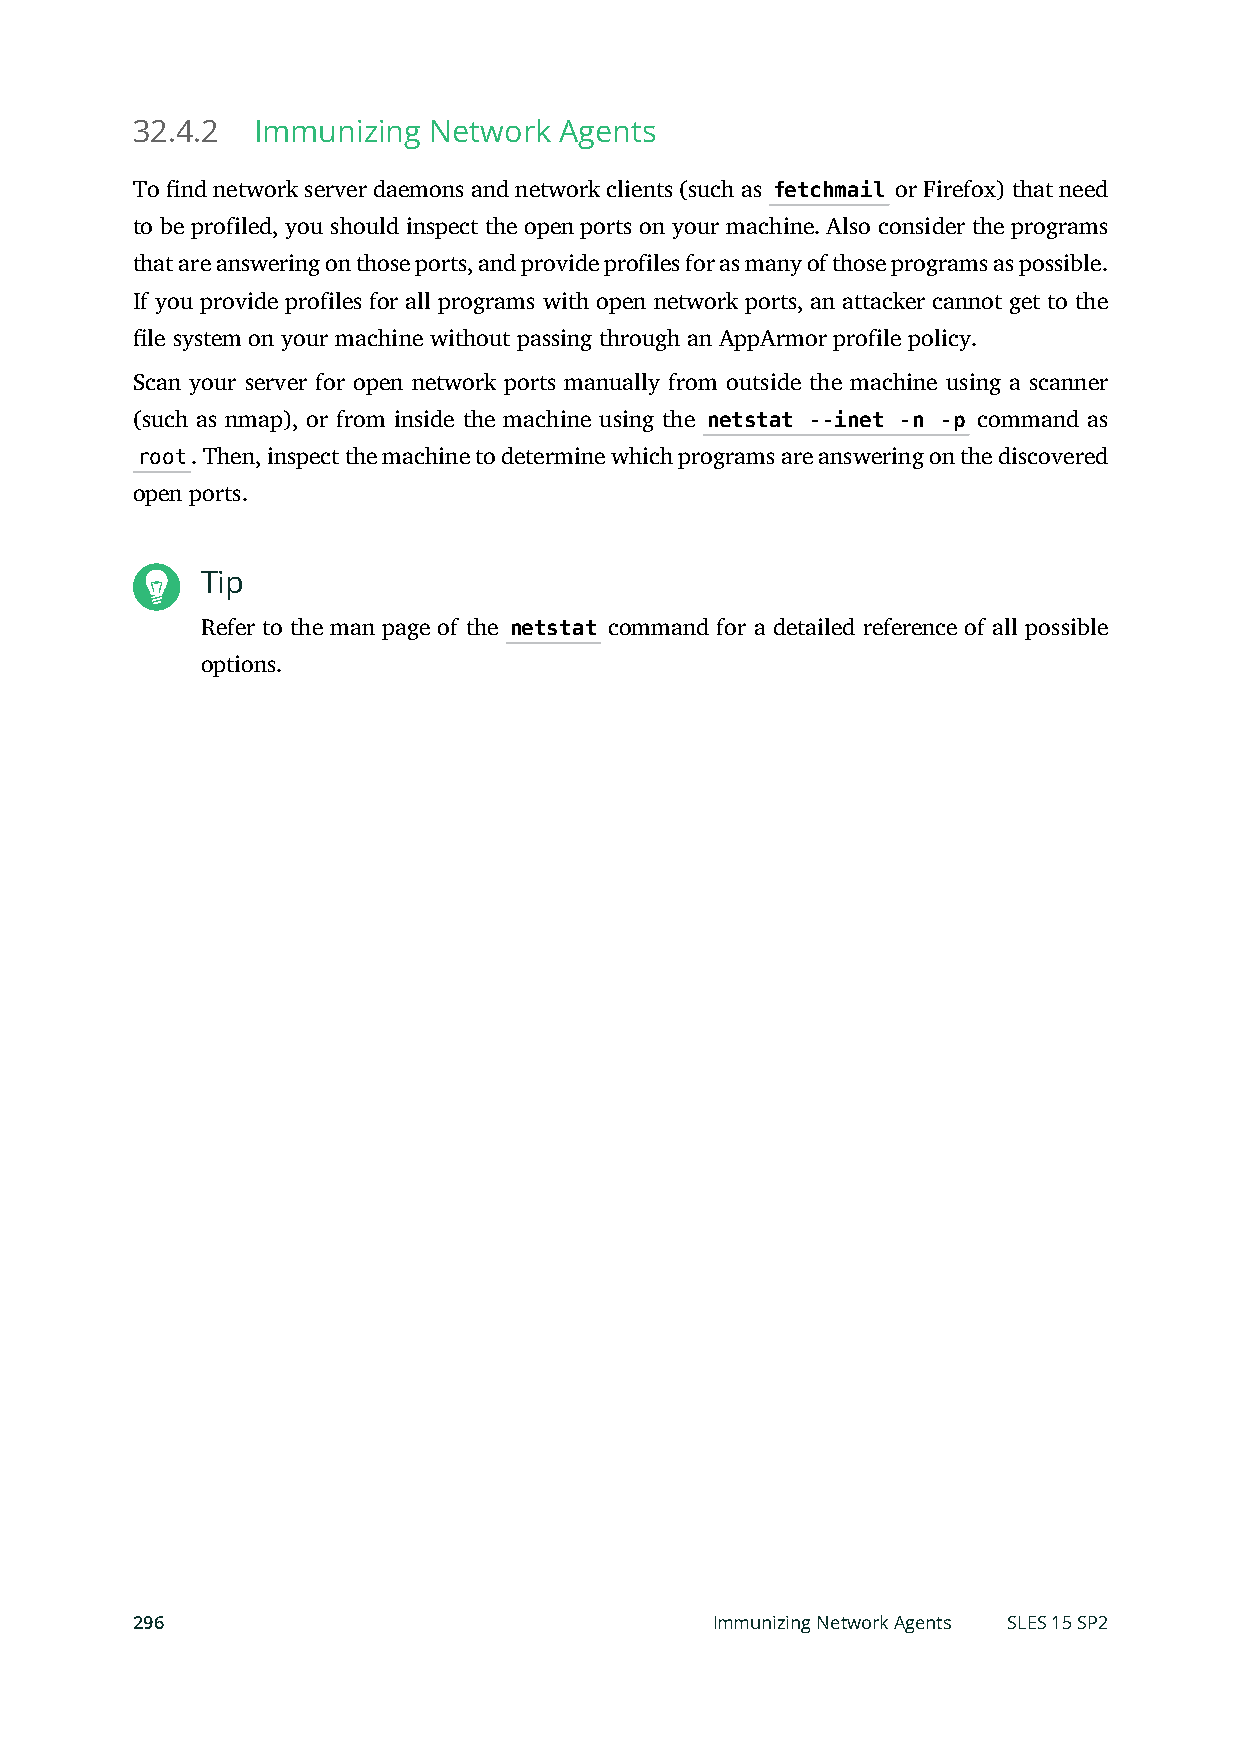
32.4.2  Immunizing Network  Agents
 To nd network server daemons and network clients (such as fetchmail or Firefox) that need
 to be profiled, you should inspect the open ports on your machine. Also consider the programs
 that are answering on those ports, and provide profiles for as many of those programs as possible.
 If you provide profiles for all programs with open network ports, an attacker cannot get to the
 le system on your machine without passing through an AppArmor profile policy.
 Scan your server for open network ports manually from outside the machine using a scanner
 (such as nmap), or from inside the machine using the netstat --inet -n -p command as
 root. Then, inspect the machine to determine which programs are answering on the discovered
 open ports.
 Tip
 Refer to the man page of the netstat command for a detailed reference of all possible
 options.
 296                                   Immunizing Network Agents SLES 15 SP2